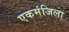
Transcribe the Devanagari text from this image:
एकमंजिला